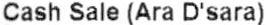
CASH SALE (ARA D'SARA)